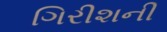
ગિરીશની